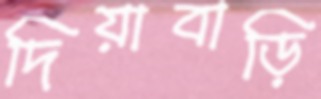
দিয়াবাড়ি